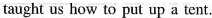
taught us how to put up a tent.